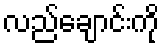
လည်ချောင်းကို